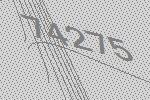
74275